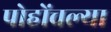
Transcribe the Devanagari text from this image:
पोहोंचल्या